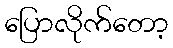
ပြောလိုက်တော့